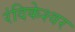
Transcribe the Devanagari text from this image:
रंदिकेश्वर